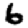
Digit: 6